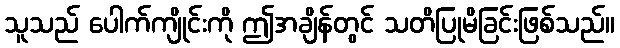
သူသည် ပေါက်ကျိုင်းကို ဤအချိန်တွင် သတိပြုမိခြင်းဖြစ်သည်။